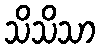
သိသိသာ